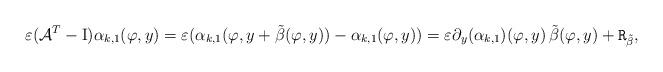
LaTeX: \begin{align*}\varepsilon(\mathcal{A}^T-\mathrm{I})\alpha_{k, 1}(\varphi, y)=\varepsilon (\alpha_{k, 1}(\varphi, y+\tilde{\beta}(\varphi, y))-\alpha_{k, 1}(\varphi, y))=\varepsilon \partial_y (\alpha_{k, 1})(\varphi, y)\,\tilde{\beta}(\varphi, y)+\mathtt{R}_{\tilde{\beta}}, \end{align*}